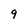
Character: 9